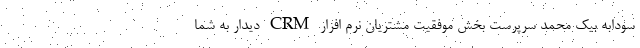
سودابه بیک محمد سرپرست بخش موفقیت مشتریان نرم افزار CRM دیدار به شما